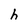
Character: h